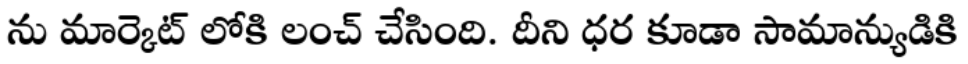
ను మార్కెట్ లోకి లంచ్ చేసింది. దీని ధర కూడా సామాన్యుడికి